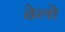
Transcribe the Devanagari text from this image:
ठेलो